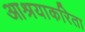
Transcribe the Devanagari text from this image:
आश्रयाकरिता